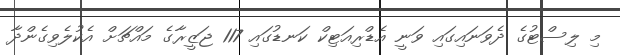
މި ލިސްޓުގެ ދެވަނައިގައި ވަނީ އެޑްރިއަޓިކް ކަނޑުގައި 117 ޖަޒީރާގެ މައްޗަށް އެކުލެވިގެންދާ